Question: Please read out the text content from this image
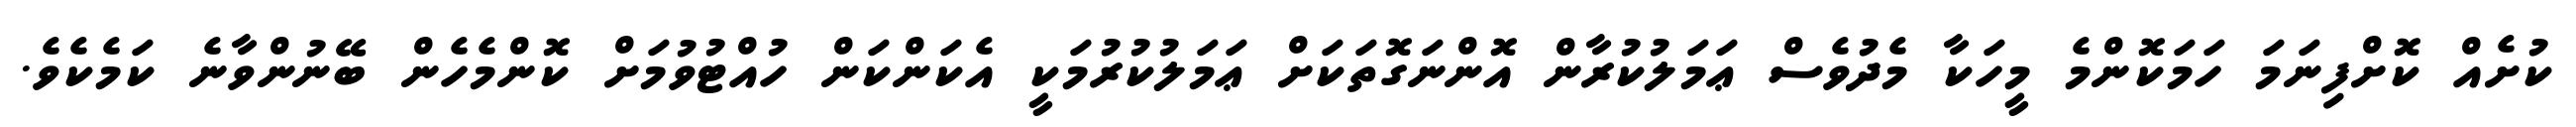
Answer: ކުށެއް ކޮށްފިނަމަ ހަމަކޮންމެ މީހަކާ މެދުވެސް ޢަމަލުކުރާން އޮންނަގޮތަކަށް ޢަމަލުކުރުމަކީ އެކަންކަން ހުއްޓުވުމަށް ކޮންމެހެން ބޭނުންވާނެ ކަމެކެވެ.